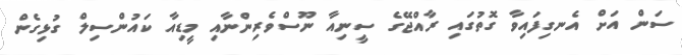
ސަން އަށް އެެނގިފައިވާ ގޮތުގައި ރާއްޖޭގެ ސީނިއާ ނޫސްވެރިންނާއި މީޑިއާ ކައުންސިލް ގުޅިގެން